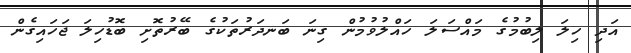
އަދި ހިލަ ލިބުމުގެ މައްސަލަ ހައްލުވުމުން ގިނަ ބަނދަރުތަކުގެ ބޭރުތޮށި ބޮޑުހިލަ ޖަހައިގެން